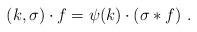
LaTeX: \begin{align*} (k, \sigma) \cdot f = \psi(k)\cdot (\sigma \ast f)\ .\end{align*}